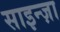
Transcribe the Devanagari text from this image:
साइन्ज़ा